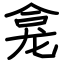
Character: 龛